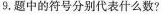
9，题中的符号分别代表什么数?